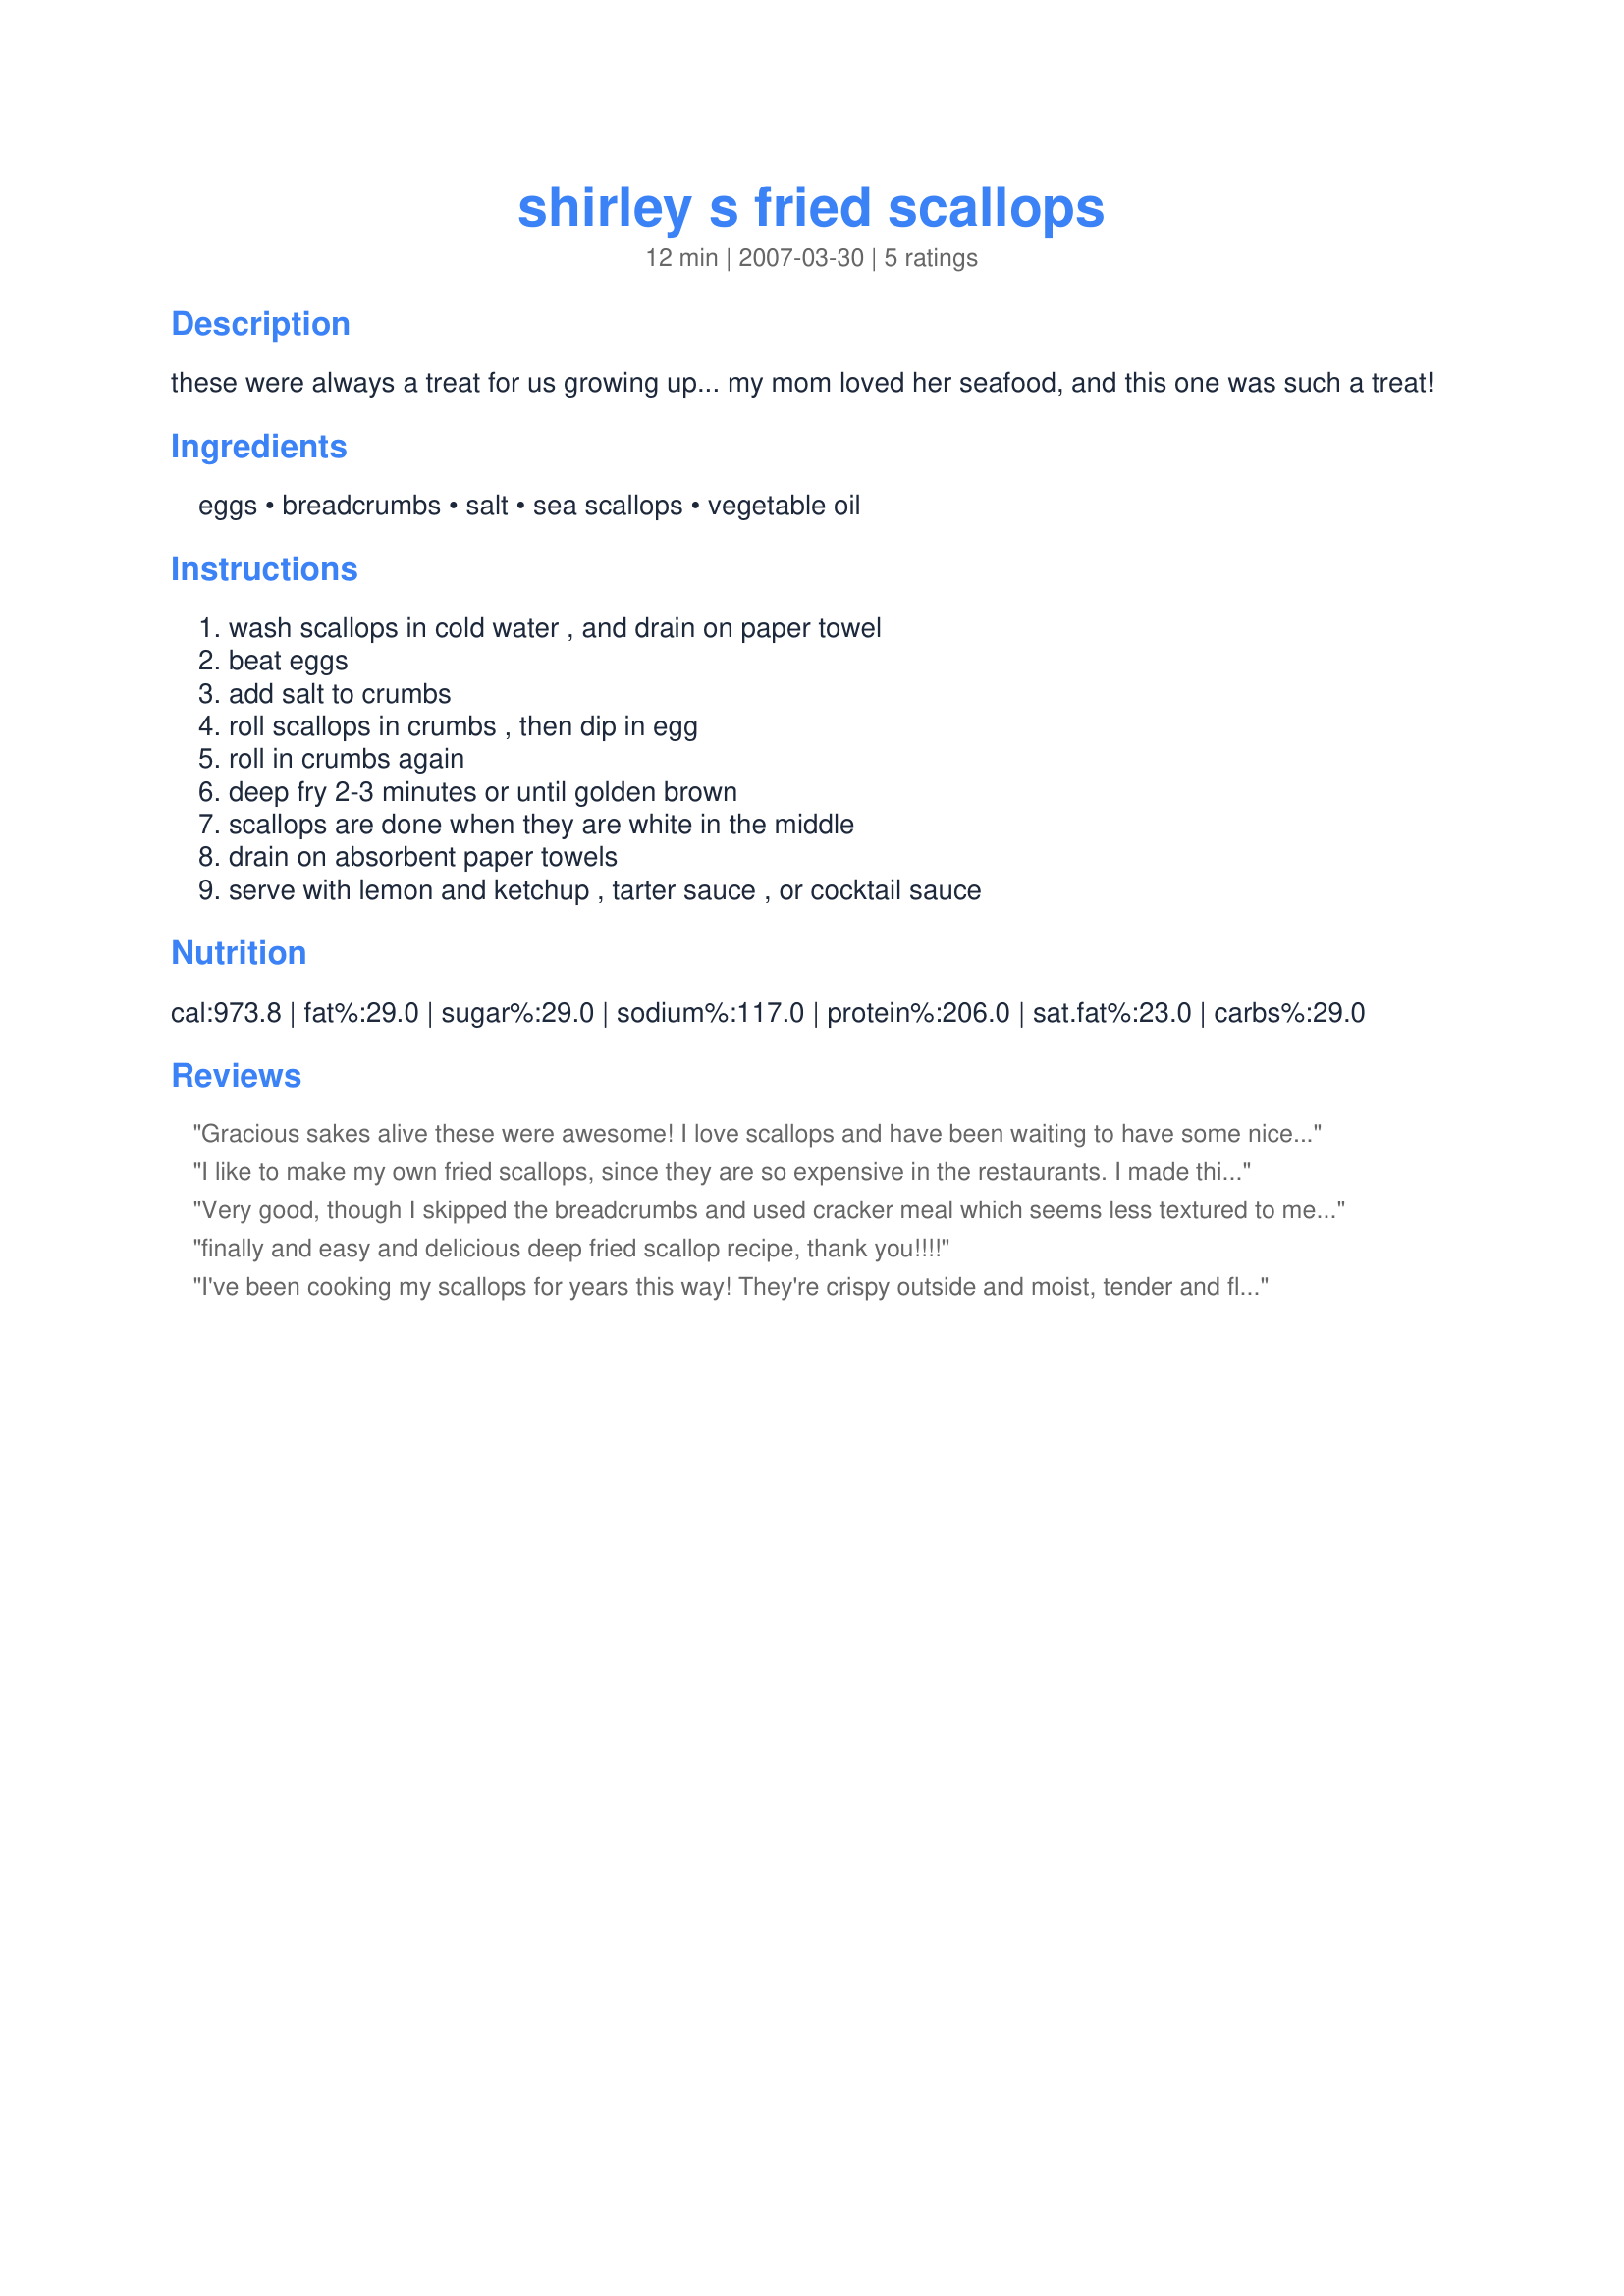
shirley s fried scallops
Preparation time: 12 minutes

these were always a treat for us growing up... my mom loved her seafood, and this one was such a treat!

Ingredients:
eggs, breadcrumbs, salt, sea scallops, vegetable oil

Steps:
wash scallops in cold water , and drain on paper towel, beat eggs, add salt to crumbs, roll scallops in crumbs , then dip in egg, roll in crumbs again, deep fry 2-3 minutes or until golden brown, scallops are done when they are white in the middle, drain on absorbent paper towels, serve with lemon and ketchup , tarter sauce , or cocktail sauce

Reviews:
Gracious sakes alive these were awesome! I love scallops and have been waiting to have some nice fresh ones. This recipe was perfect and exactly what I was looking for. Simple to make and just plain great! Before eating I topped mine with lemon juice and dipped in tarter sauce and ketchup. Yummy! Had with homemade french fries and coleslaw and we were in total bliss throughout the meal! Thanks for posting Linda!
I like to make my own fried scallops, since they are so expensive in the restaurants. I made this recipe for Fried Scallops and also Linda's recipe for Recipe #216206, and they were both outstanding. They came out crispy, flavorful, and downright addicting! Both these recipes are restaurant quality, yet cheap enough to have for a treat once in awhile at home. Thank you so much for sharing these with us Linda. My husband is one very happy man now that I can make him these recipes!
Very good, though I skipped the breadcrumbs and used cracker meal which seems less textured to me. These can also be broiled with great success, eliminating the deep frying for those who try to avoid oil cooking. Thanks.
finally and easy and delicious deep fried scallop recipe, thank you!!!!
I've been cooking my scallops for years this way! They're crispy outside and moist, tender and flavorful inside! The only thing I do different these days is use egg substitute which to me has no effect on the outcome. They're wonderful!
